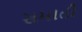
સમાતી